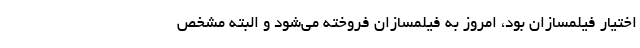
اختیار فیلمسازان بود، امروز به فیلمسازان فروخته می‌شود و البته مشخص